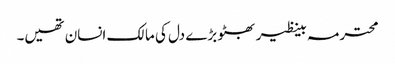
محترمہ بینظیر بھٹو بڑے دل کی مالک انسان تھیں۔